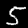
Digit: 5